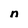
Character: n